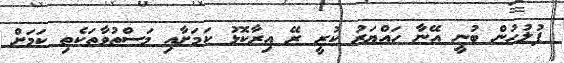
ފުލުހުން ބުނީ އޭނާ ހައްޔަރު ކުރީ ރޭ އިރާކޮޅު ކަމަށާއި މަސްތުވާތަކެތި ކަމަށް